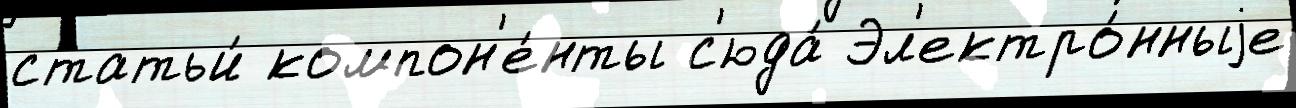
статьи́ компон'е́нты с'юда́ Эл'ектро́нныjе